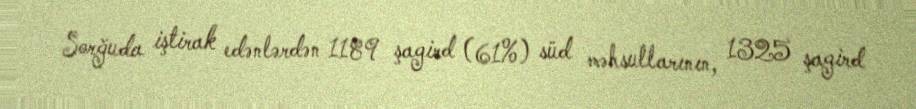
Sorğuda iştirak edənlərdən 1189 şagird (61%) süd məhsullarının, 1325 şagird